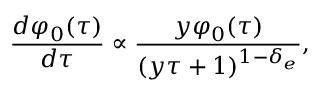
\frac { d \varphi _ { 0 } ( \tau ) } { d \tau } \propto \frac { y \varphi _ { 0 } ( \tau ) } { ( y \tau + 1 ) ^ { 1 - \delta _ { e } } } ,